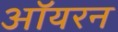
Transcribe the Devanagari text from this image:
ऑयरन